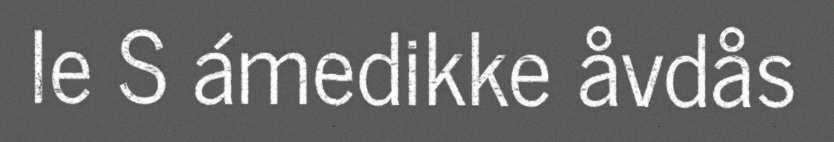
le S ámedikke åvdås